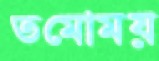
তমোময়